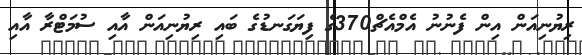
ރިޔުނިއަން އިން ފެނުނު އެމްއެޗް370ގެ ފިޔަގަނޑުގެ ބައި ރިޔުނިއަން އާއި ސުމަޓްރާ އާއި